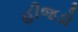
હીજડો